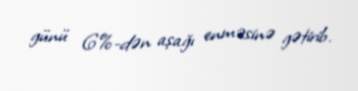
günü 6%-dən aşağı enməsinə gətirib.